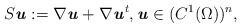
\begin{align*} S\textbf{\textit{u}}:=\nabla \textbf{\textit{u}} + \nabla \textbf{\textit{u}}^t, \textbf{\textit{u}} \in (C^1(\Omega))^n,\end{align*}